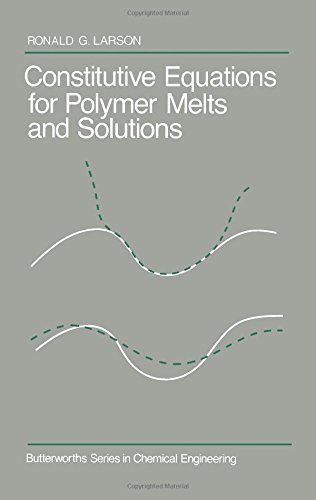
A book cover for Constitutive Equations for Polymer Melts and Solutions (Butterworth's Series in Chemical Engineering); Ronald Larson; Science & Math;